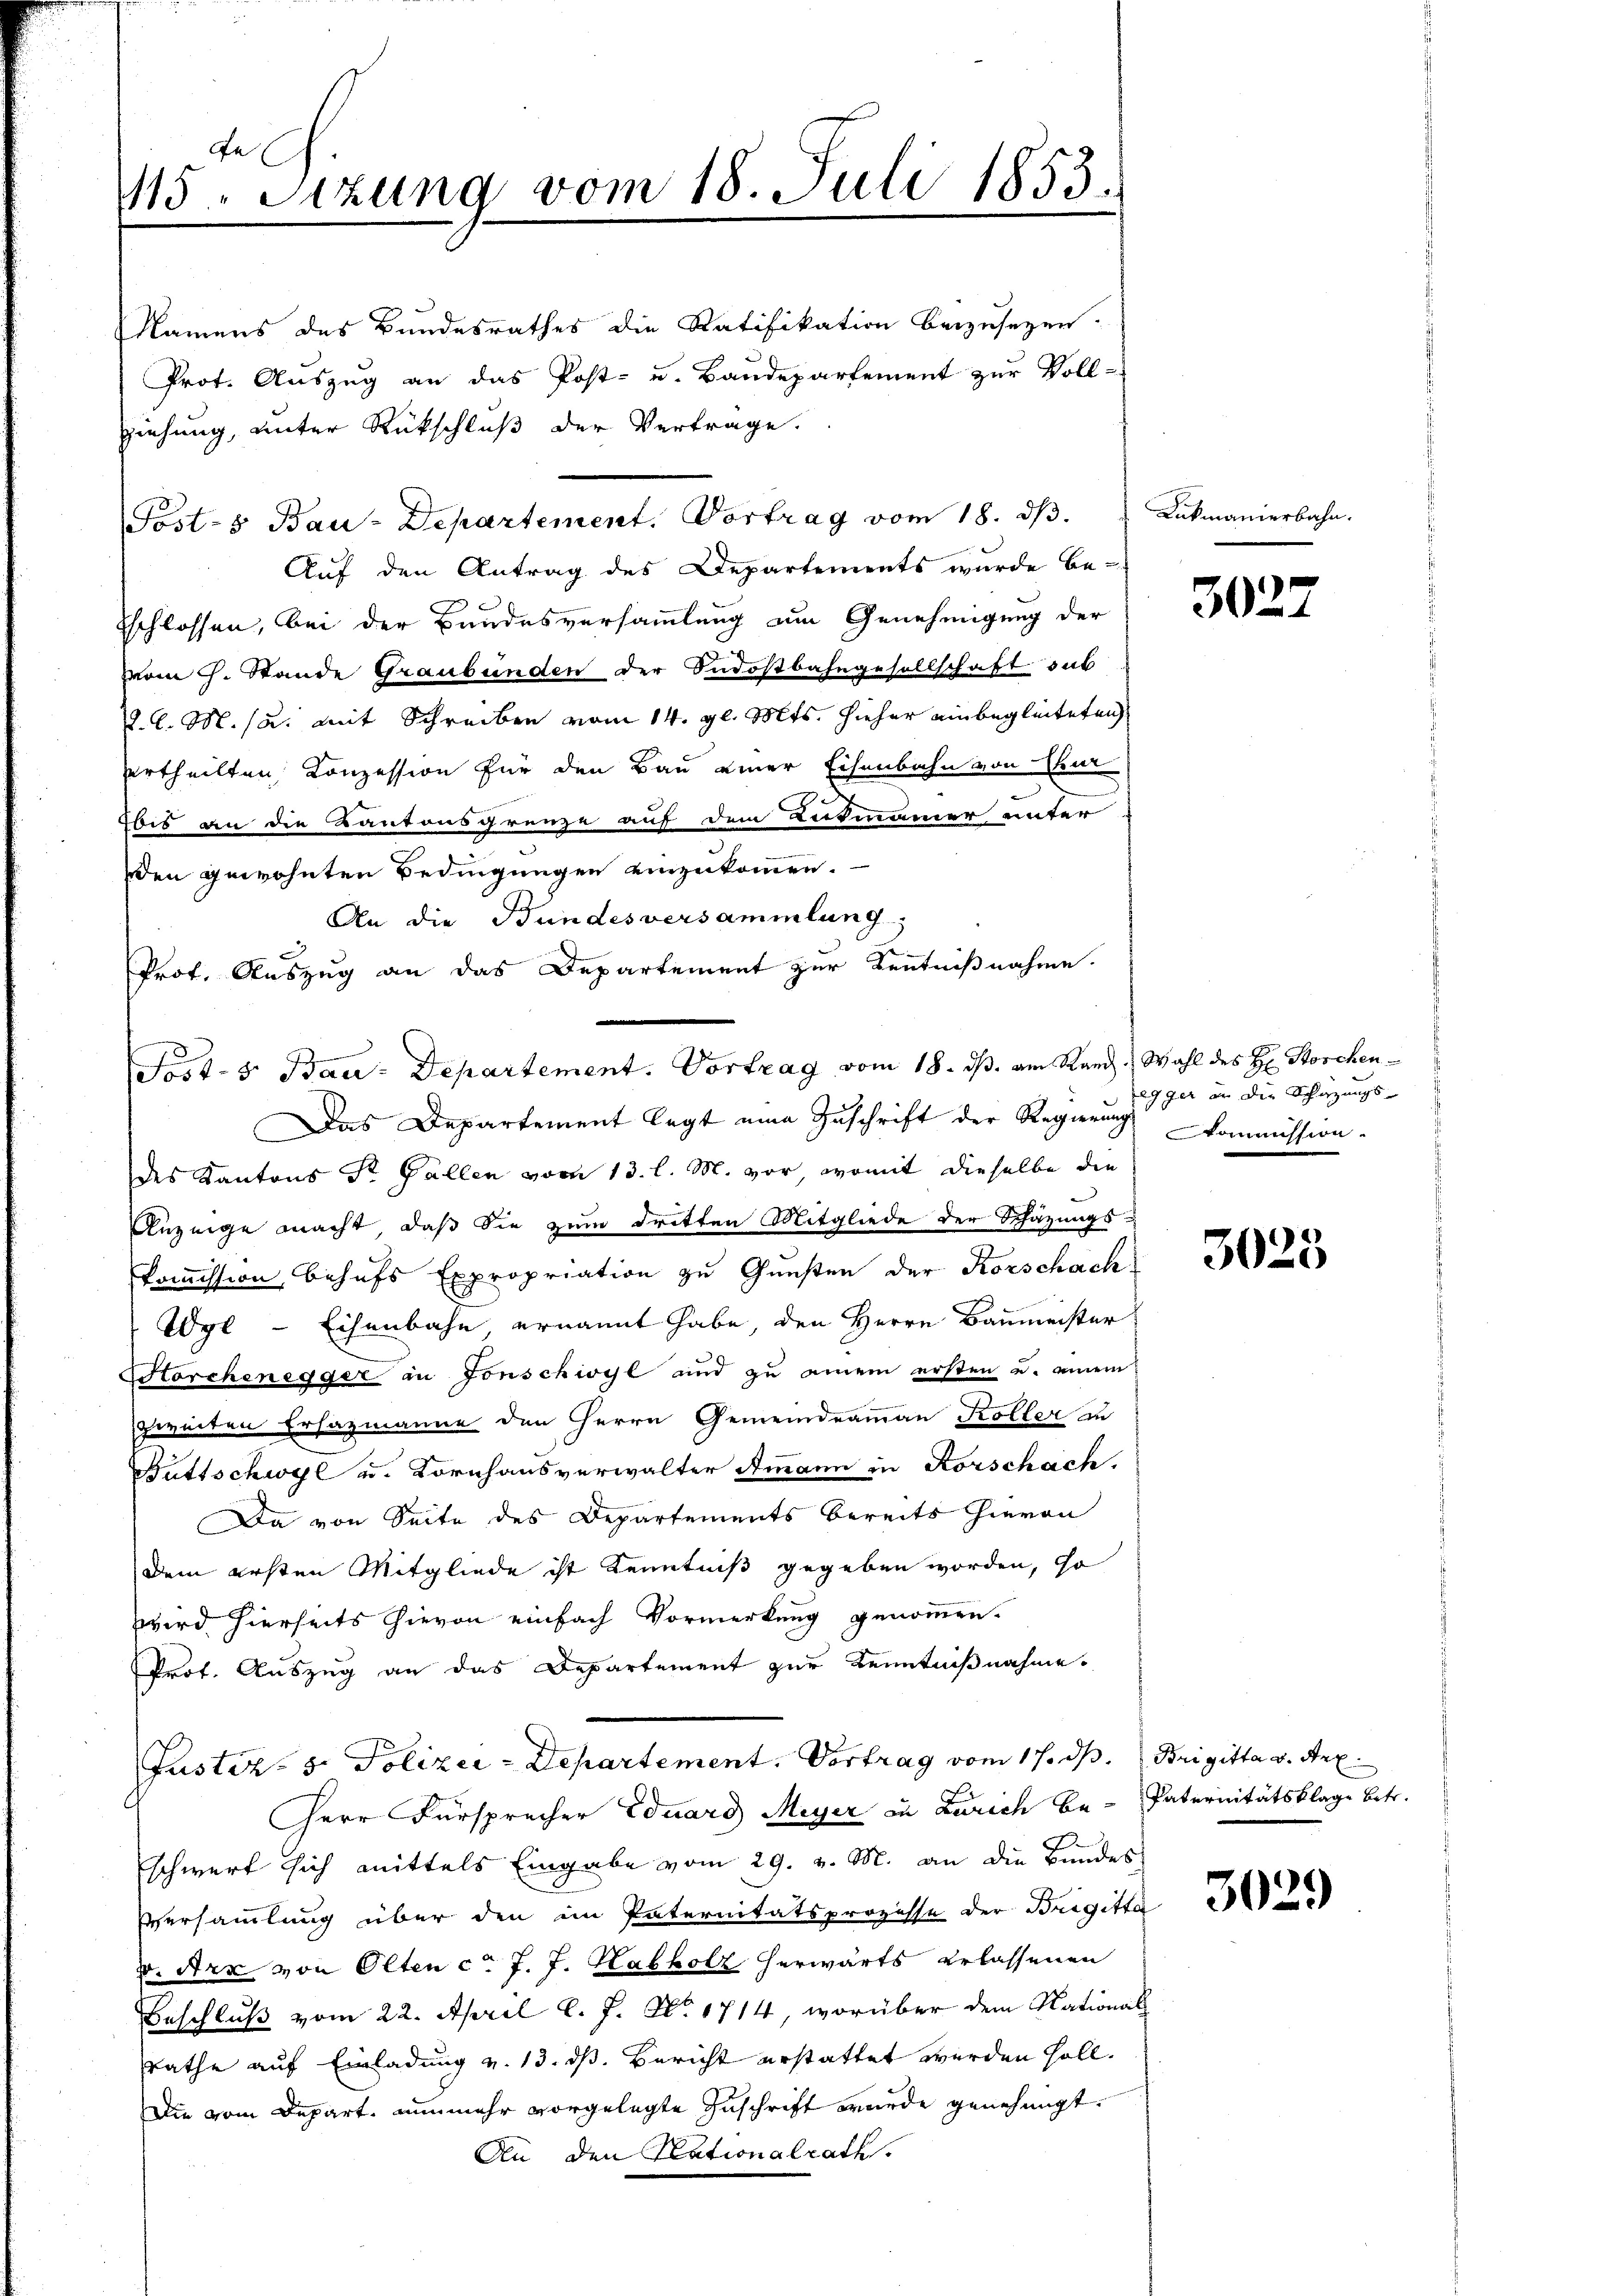
115. Sitzung vom 18. Juli 1855.

Namens des Bundesrathes die Ratifikation beizusetzen.
Prot. Auszug an das Post- u. Baudepartement zur Voll-
Auf den Antrag des Departements wurde be-
Eschlossen, bei der Bundesversammlung um Genehmigung der
vom 7. Stande Graubünden der Indostbahngesellschaft sub
l. M. a. mit Schreiben vom 14. gl. Mts. hieher einbegleiteten
ertheilten Conzession für den Bau einer Eisenbahn von Mar
bis an die Kantonsgrenze auf dem Lotmanner unter
den gewohnten Bedingungen einzukommen.
An die Bundesversammlung.
Prof. Auszug an das Departement zur Kenntnißnahme.
Das Departement legt eine Zuschrift der Regierung kommission
des Kantons Sr. Gallen vom 13. l. M. vor, womit dieselbe die
Anzeige macht, daß Sie zum dritten Mitgliede der Schätzungs-
kommission behufs Expropriation zu Gunsten der Korschach
Wyl - Eisenbahn ernannt habe, den Herrn Baumeister
Storchenegger in Fonschwyl und zu einem ersten u. einem
zweiten Ersazmanne den Herrn Gemeindeammann Koller au
Buttschwyl u. Kornhausverwalter Ammann in Forschach.
Da von Seite des Departements bereits hievon
dem ersten Mitgliede ist Kenntniß gegeben worden, so
wird hierseits hievon einfach Vormerkung genommen.
Prof. Auszug an das Departement zur Kenntnißnahme
Justiz- & Polizei-Departement. Vortrag vom 17. ds.
Herr Fürsprecher Eduard Meyer zu Zürich beschwert sich mittels Eingabe vom 29. v. M. an die Bundes
Versammlung über den im Paternitätsprozesse der Brigitta
v. Arx von Olten c. J. J. Habholz herwärts erlassenen
Beschluß vom 22. April l. J. No. 1714, worüber dem National¬
Rathe auf Einladung v. 13. dß. Bericht erstattet werden soll.
Die vom Depart, nunmehr vorgelegte Zuschrift wurde genehmigt.
An den Plationalrath.

ziehung, unter Rückschluß der Vertrage.

Post-8 Bau-Departement. Vortrag vom 18. ds.

Post- & Bau-Departement. Vortrag vom 18. ds. am Kand. Wahl des H. Storchen¬

Rükmanierbahn.

3022

egger an die Schazungs-

3025

Brigitta v. Art.
Paternitätsklage betr.

3029